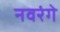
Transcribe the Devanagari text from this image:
नवरंगे